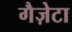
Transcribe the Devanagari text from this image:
गैज़ेटा